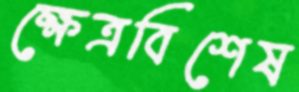
ক্ষেত্রবিশেষ